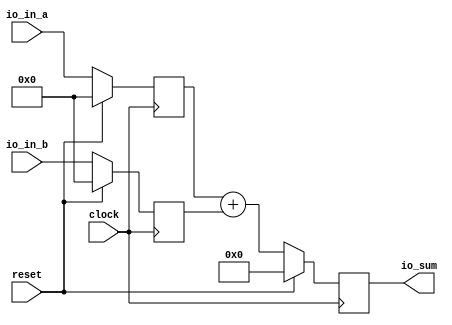
module adderBuf(
  input         clock,
  input         reset,
  input  [31:0] io_in_a,
  input  [31:0] io_in_b,
  output [32:0] io_sum
);
`ifdef RANDOMIZE_REG_INIT
  reg [31:0] _RAND_0;
  reg [31:0] _RAND_1;
  reg [63:0] _RAND_2;
`endif // RANDOMIZE_REG_INIT
  reg [31:0] reg_in_a; // @[adderBuf.scala 14:27]
  reg [31:0] reg_in_b; // @[adderBuf.scala 15:27]
  reg [32:0] reg_sum; // @[adderBuf.scala 16:26]
  wire [32:0] sum = reg_in_a + reg_in_b; // @[adderBuf.scala 22:24]
  assign io_sum = reg_sum; // @[adderBuf.scala 24:12]
  always @(posedge clock) begin
    if (reset) begin // @[adderBuf.scala 14:27]
      reg_in_a <= 32'h0; // @[adderBuf.scala 14:27]
    end else begin
      reg_in_a <= io_in_a; // @[adderBuf.scala 19:14]
    end
    if (reset) begin // @[adderBuf.scala 15:27]
      reg_in_b <= 32'h0; // @[adderBuf.scala 15:27]
    end else begin
      reg_in_b <= io_in_b; // @[adderBuf.scala 20:14]
    end
    if (reset) begin // @[adderBuf.scala 16:26]
      reg_sum <= 33'h0; // @[adderBuf.scala 16:26]
    end else begin
      reg_sum <= sum; // @[adderBuf.scala 23:13]
    end
  end
// Register and memory initialization
`ifdef RANDOMIZE_GARBAGE_ASSIGN
`define RANDOMIZE
`endif
`ifdef RANDOMIZE_INVALID_ASSIGN
`define RANDOMIZE
`endif
`ifdef RANDOMIZE_REG_INIT
`define RANDOMIZE
`endif
`ifdef RANDOMIZE_MEM_INIT
`define RANDOMIZE
`endif
`ifndef RANDOM
`define RANDOM $random
`endif
`ifdef RANDOMIZE_MEM_INIT
  integer initvar;
`endif
`ifndef SYNTHESIS
`ifdef FIRRTL_BEFORE_INITIAL
`FIRRTL_BEFORE_INITIAL
`endif
initial begin
  `ifdef RANDOMIZE
    `ifdef INIT_RANDOM
      `INIT_RANDOM
    `endif
    `ifndef VERILATOR
      `ifdef RANDOMIZE_DELAY
        #`RANDOMIZE_DELAY begin end
      `else
        #0.002 begin end
      `endif
    `endif
`ifdef RANDOMIZE_REG_INIT
  _RAND_0 = {1{`RANDOM}};
  reg_in_a = _RAND_0[31:0];
  _RAND_1 = {1{`RANDOM}};
  reg_in_b = _RAND_1[31:0];
  _RAND_2 = {2{`RANDOM}};
  reg_sum = _RAND_2[32:0];
`endif // RANDOMIZE_REG_INIT
  `endif // RANDOMIZE
end // initial
`ifdef FIRRTL_AFTER_INITIAL
`FIRRTL_AFTER_INITIAL
`endif
`endif // SYNTHESIS
endmodule